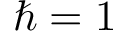
\hbar = 1